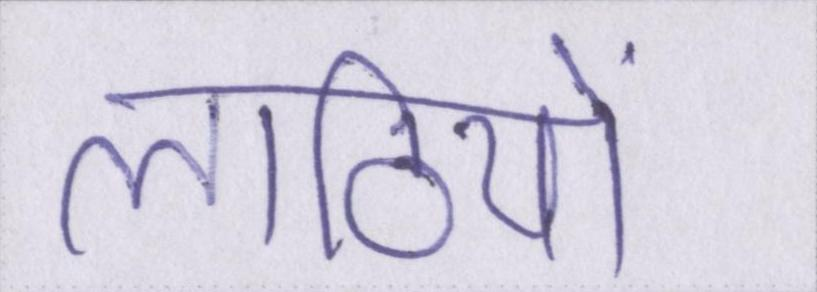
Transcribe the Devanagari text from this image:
लाठियों